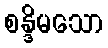
စန္ဒိမသော